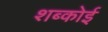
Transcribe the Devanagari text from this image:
शब्कोई